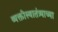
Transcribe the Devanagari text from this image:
व्यक्तीस्वातंत्र्याच्या